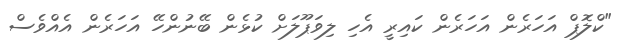
"ކްލޮޕް އަހަރެން އަހަރެން ކައިރީ އެހި ލިވަޕޫލަށް ކުޅެން ބޭނުންހޭ އަހަރެން އެއްވެސް